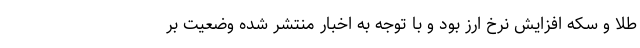
طلا و سکه افزایش نرخ ارز بود و با توجه به اخبار منتشر شده وضعیت بر